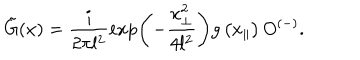
\tilde { G } ( x ) = \frac { i } { 2 \pi l ^ { 2 } } \exp \left( - \frac { x _ { \perp } ^ { 2 } } { 4 l ^ { 2 } } \right) g \left( x _ { \parallel } \right) O ^ { ( - ) } .